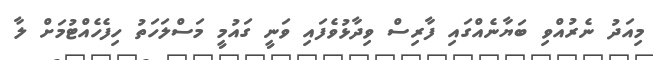
މިއަދު ނެރުއްވި ބަޔާނެއްގައި ފާރިސް ވިދާޅުވެފައި ވަނީ ގައުމީ މަސްލަހަތު ހިފެހެއްޓުމަށް ލާ